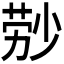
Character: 𬝃